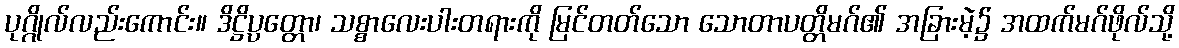
ပုဂ္ဂိုလ်လည်းကောင်း။ ဒိဋ္ဌိပ္ပတ္တော၊ သစ္စာလေးပါးတရားကို မြင်တတ်သော သောတာပတ္တိမဂ်၏ အခြားမဲ့၌ အထက်မဂ်ဖိုလ်သို့